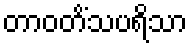
တာဝတိံသပရိသာ